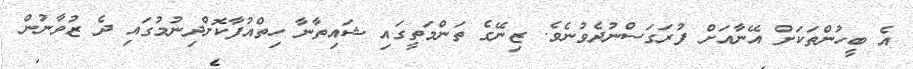
އެ ބީހުންތަކަށް އޭނާއަށް ފުރަގަސްނުދެވުނެވެ. ޒިނޭގެ ތަންމަތީގައި ޝައިތާނާ ހިތްއުފާކޮށްދިނުމުގައި ދެ ޒުވާނުން